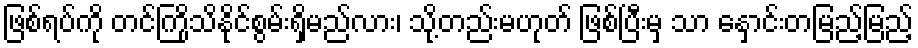
ဖြစ်ရပ်ကို တင်ကြိုသိနိုင်စွမ်းရှိမည်လား၊ သို့တည်းမဟုတ် ဖြစ်ပြီးမှ သာ နှောင်းတမြည့်မြည့်